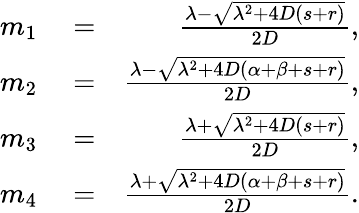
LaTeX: \begin{array}{rlr}{m_{1}}&{{}=}&{\frac{\lambda-\sqrt{\lambda^{2}+4D(s+r)}}{2D},}\\ {m_{2}}&{{}=}&{\frac{\lambda-\sqrt{\lambda^{2}+4D(\alpha+\beta+s+r)}}{2D},}\\ {m_{3}}&{{}=}&{\frac{\lambda+\sqrt{\lambda^{2}+4D(s+r)}}{2D},}\\ {m_{4}}&{{}=}&{\frac{\lambda+\sqrt{\lambda^{2}+4D(\alpha+\beta+s+r)}}{2D}.}\end{array}